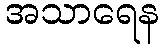
အသာရေန